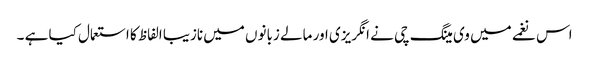
اس نغمے میں وی مینگ چی نے انگریزی اور مالے زبانوں میں نازیبا الفاظ کا استعمال کیا ہے ۔